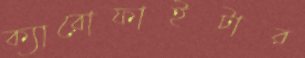
ক্যারোফাইটার